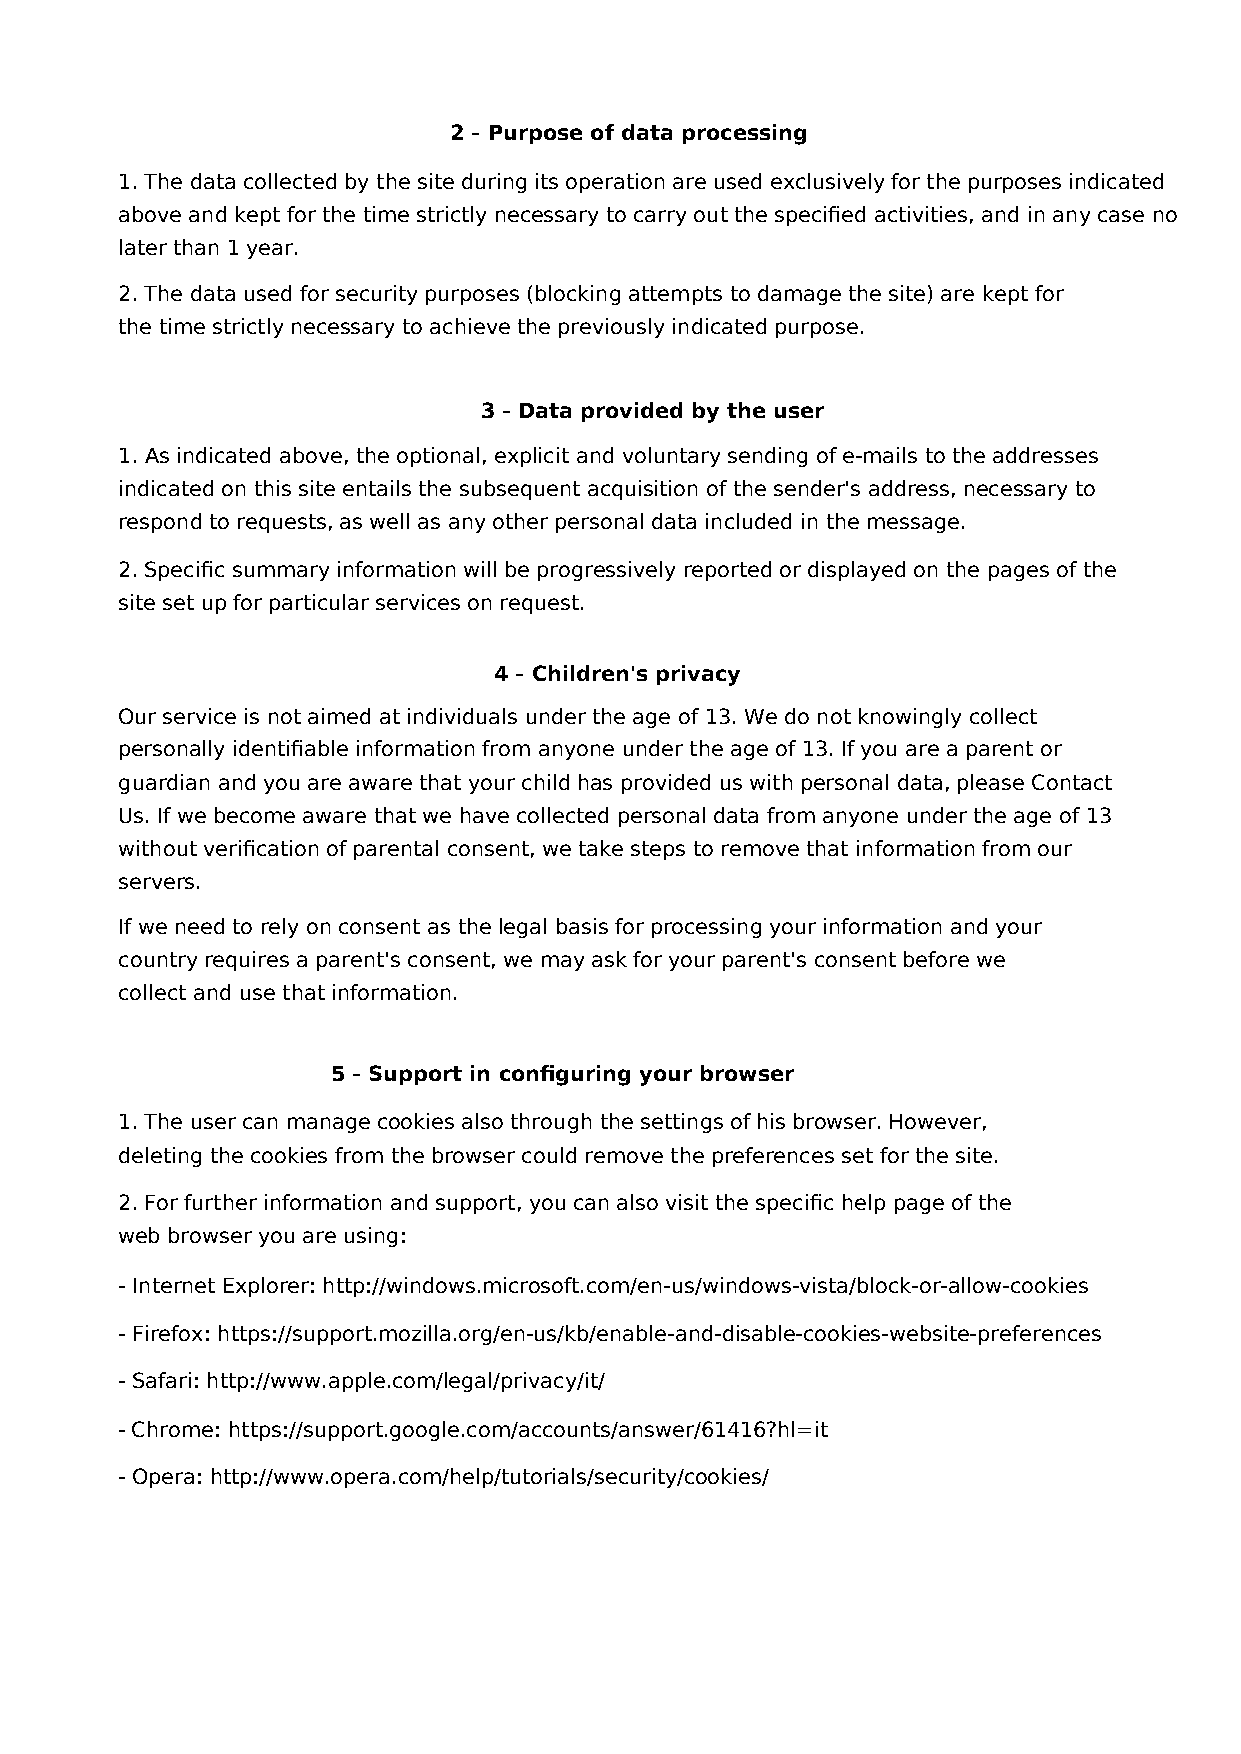
2 - Purpose of data processing
 1. The data collected by the site during its operation are used exclusively for the purposes indicated
 above and kept for the time strictly necessary to carry out the specified activities, and in any case no
 later than 1 year.
 2. The data used for security purposes (blocking attempts to damage the site) are kept for
 the time strictly necessary to achieve the previously indicated purpose.
 3 - Data provided by the user
 1. As indicated above, the optional, explicit and voluntary sending of e-mails to the addresses
 indicated on this site entails the subsequent acquisition of the sender's address, necessary to
 respond to requests, as well as any other personal data included in the message.
 2. Specific summary information will be progressively reported or displayed on the pages of the
 site set up for particular services on request.
 4 - Children's privacy
 Our service is not aimed at individuals under the age of 13. We do not knowingly collect
 personally identifiable information from anyone under the age of 13. If you are a parent or
 guardian and you are aware that your child has provided us with personal data, please Contact
 Us. If we become aware that we have collected personal data from anyone under the age of 13
 without verification of parental consent, we take steps to remove that information from our
 servers.
 If we need to rely on consent as the legal basis for processing your information and your
 country requires a parent's consent, we may ask for your parent's consent before we
 collect and use that information.
 5 - Support in configuring your browser
 1. The user can manage cookies also through the settings of his browser. However,
 deleting the cookies from the browser could remove the preferences set for the site.
 2. For further information and support, you can also visit the specific help page of the
 web browser you are using:
 - Internet Explorer: http://windows.microsoft.com/en-us/windows-vista/block-or-allow-cookies
 - Firefox: https://support.mozilla.org/en-us/kb/enable-and-disable-cookies-website-preferences
 - Safari: http://www.apple.com/legal/privacy/it/
 - Chrome: https://support.google.com/accounts/answer/61416?hl=it
 - Opera: http://www.opera.com/help/tutorials/security/cookies/